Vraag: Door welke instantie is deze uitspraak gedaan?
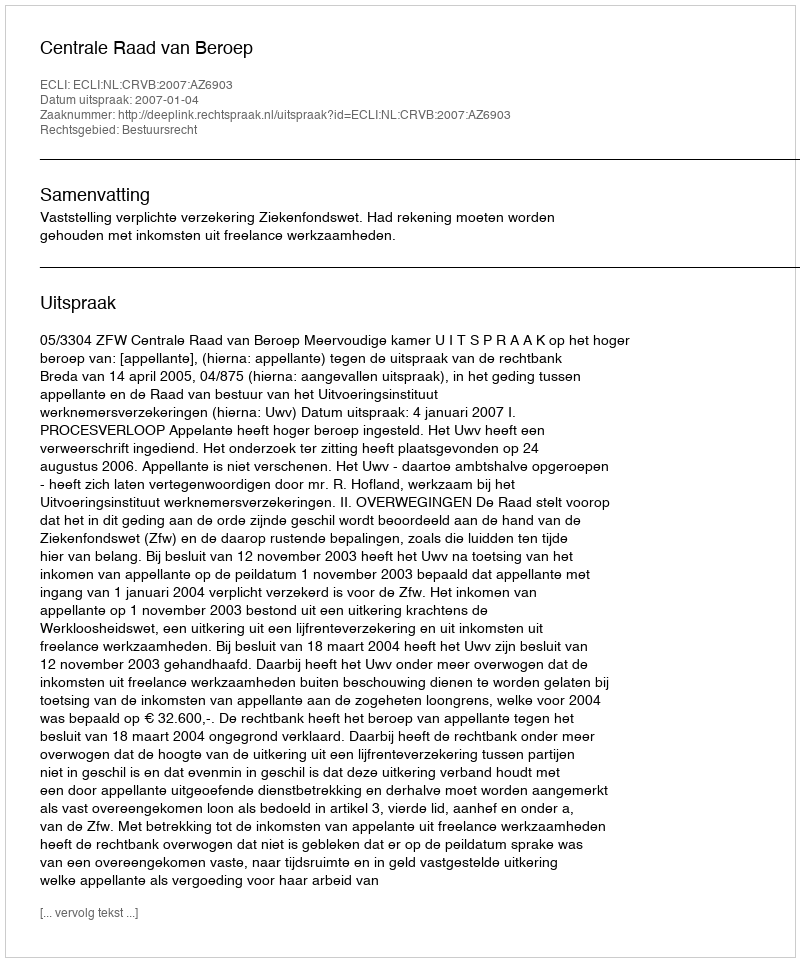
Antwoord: Centrale Raad van Beroep